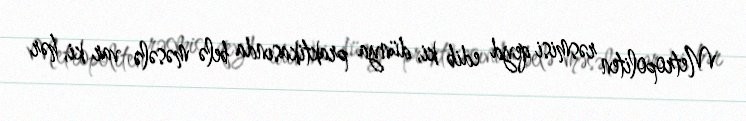
Metropoliten rəsmisi qeyd edib ki, dünya praktikasında belə məsələ var ki, hər